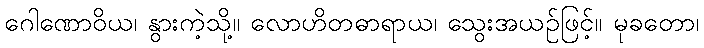
ဂေါဏောဝိယ၊ နွားကဲ့သို့။ လောဟိတဓာရာယ၊ သွေးအယဉ်ဖြင့်။ မုခတော၊